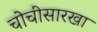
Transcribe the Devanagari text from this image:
चोचीसारखा